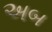
અબ